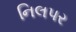
નિલપર